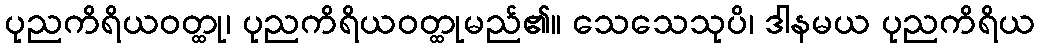
ပုညကိရိယဝတ္ထု၊ ပုညကိရိယဝတ္ထုမည်၏။ သေသေသုပိ၊ ဒါနမယ ပုညကိရိယ